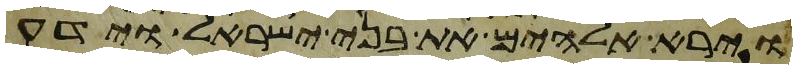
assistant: וירא אלהים את בני ישראל וידע